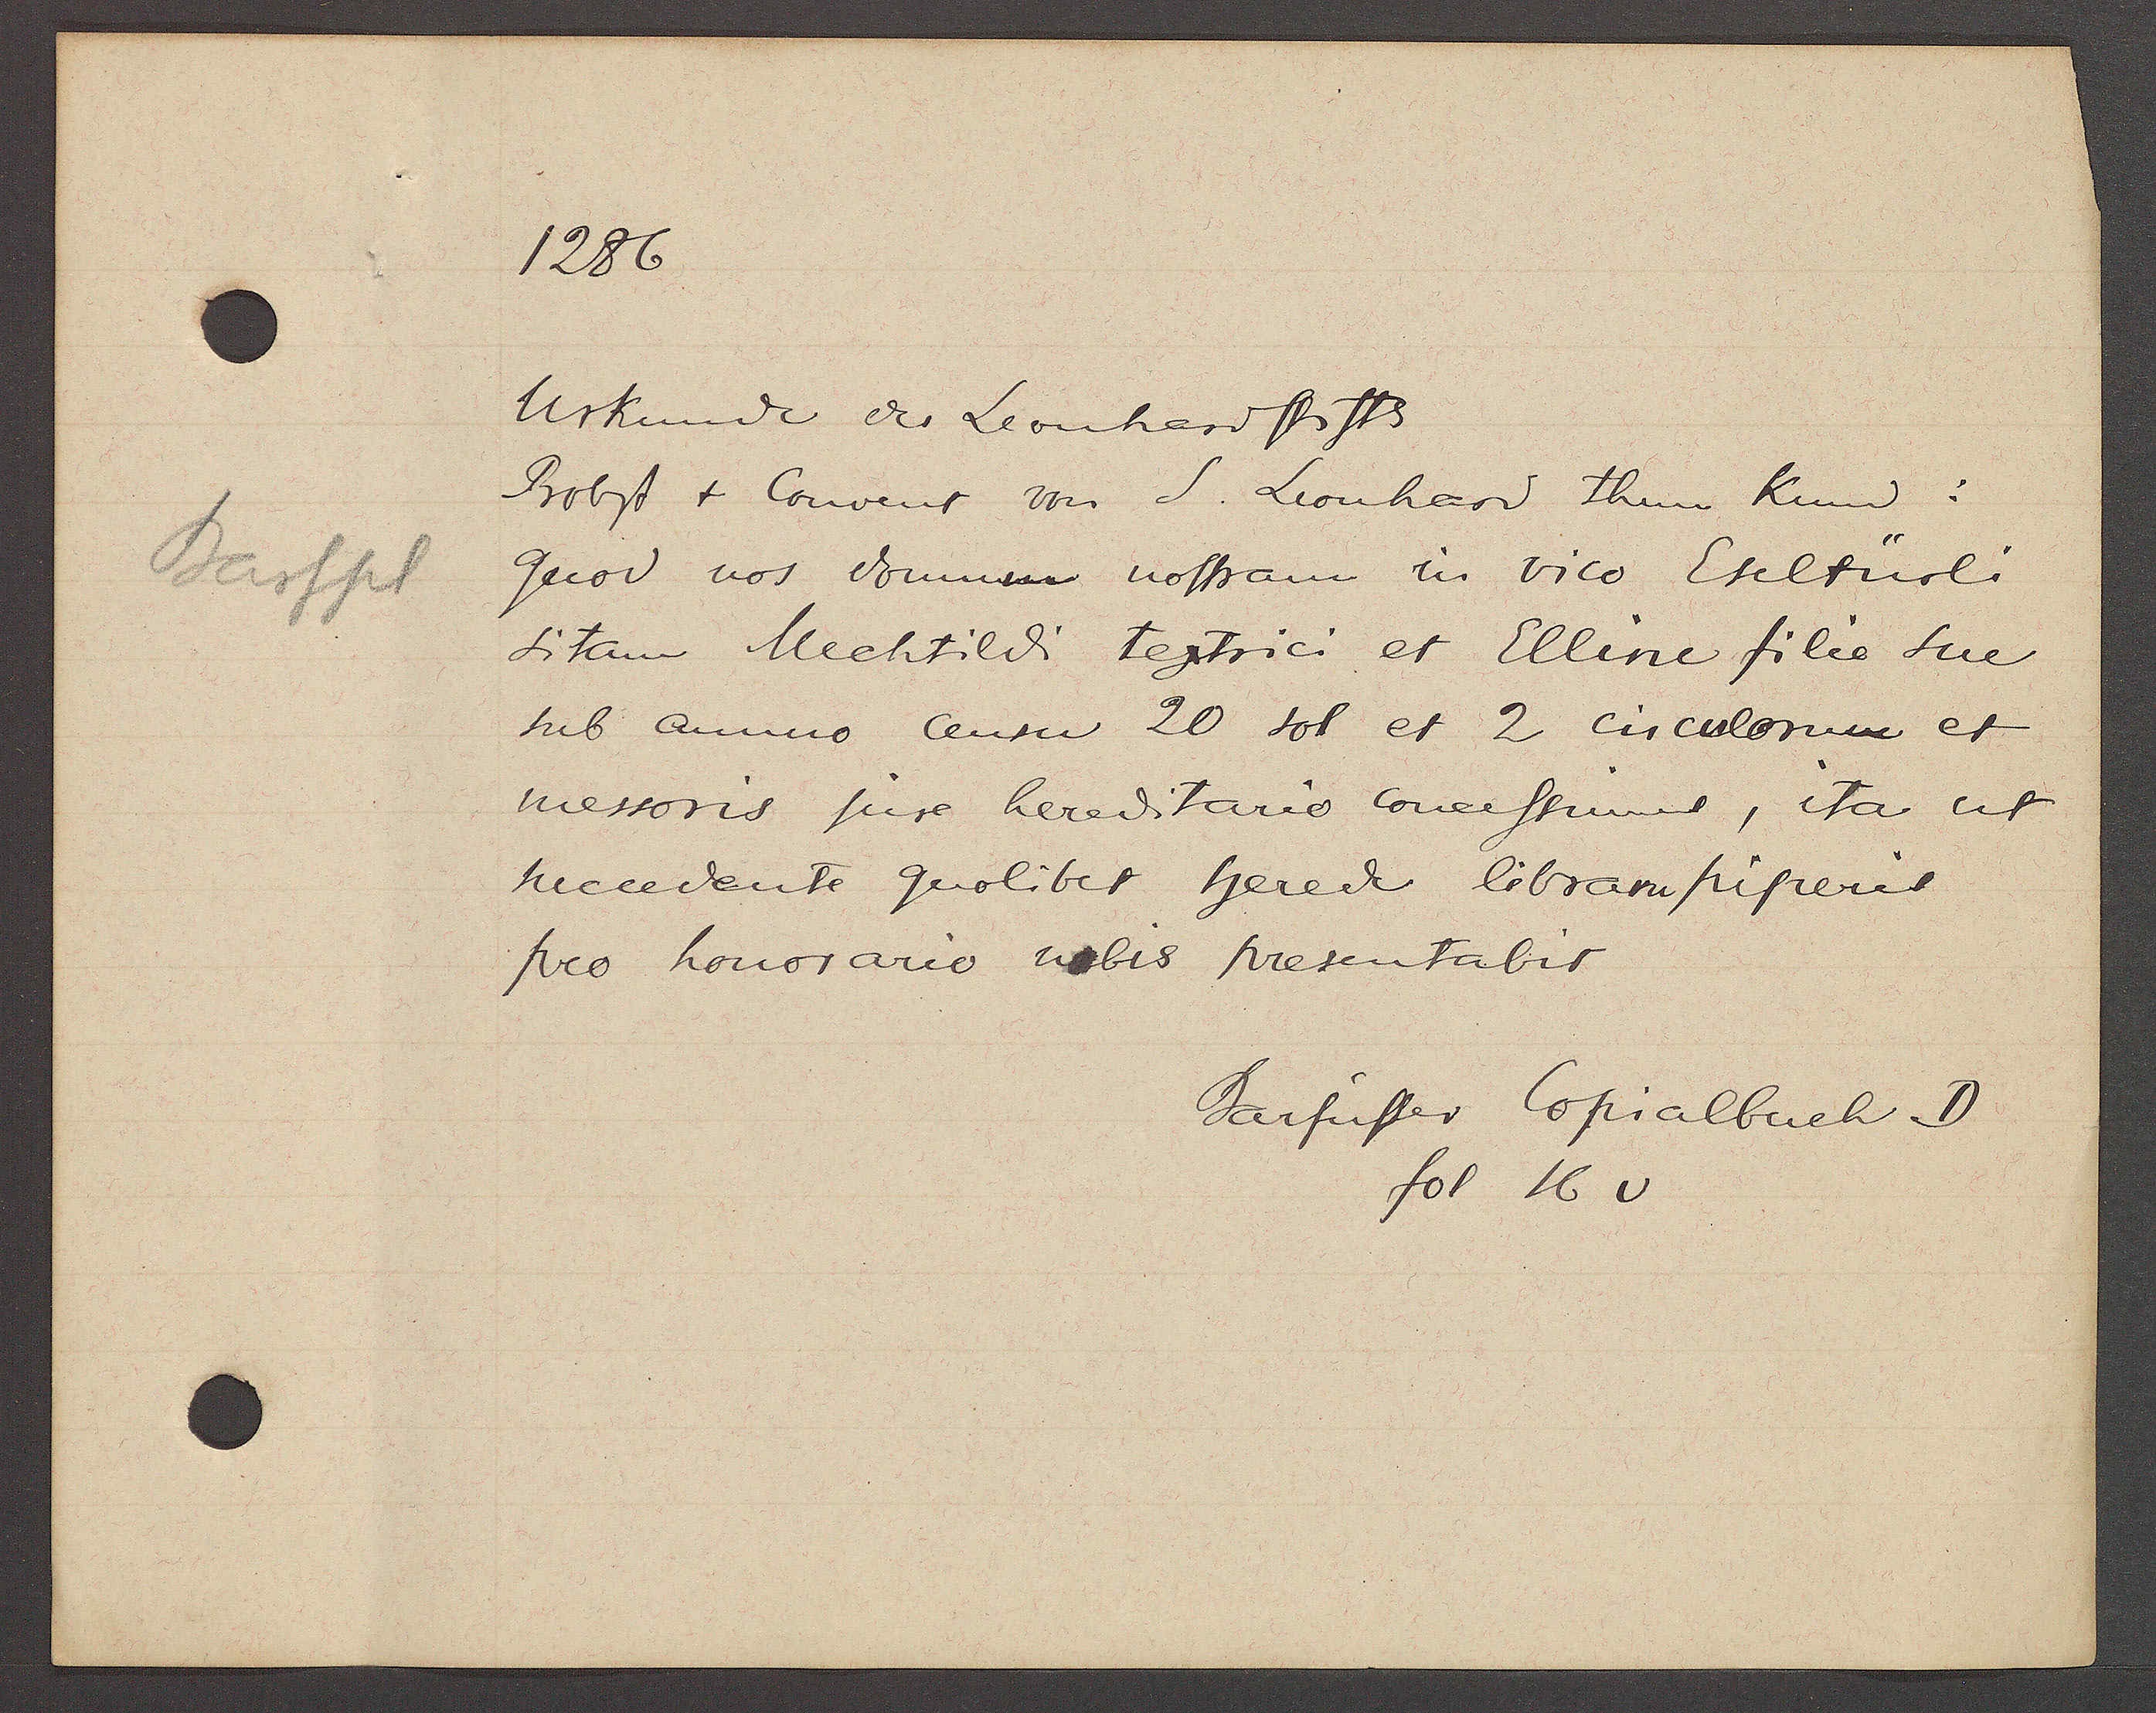
Transcript:
Barfpl

1286

Urkunde der Leonhardstifft
Bropst + Convent von S. Leonhard thun Kund:
quod vos domum nostram in vico Eseltürli
sitam Mechtildi Tegtrici et Elline filie sue
sub annuo censu 20 sol et 2 circulorum et
messoris pure hereditario conerstimus, ita uf
succedente quolibet herede libram pisteris
pro honorario nebis presentabis

Barfüsser Copialbuch. D.
fol 16 v